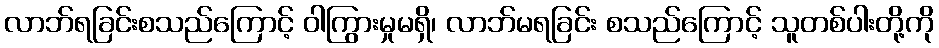
လာဘ်ရခြင်းစသည်ကြောင့် ဝါကြွားမှုမရှိ၊ လာဘ်မရခြင်း စသည်ကြောင့် သူတစ်ပါးတို့ကို